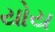
યોય